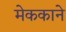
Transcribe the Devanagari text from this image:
मेककाने